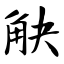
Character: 觖